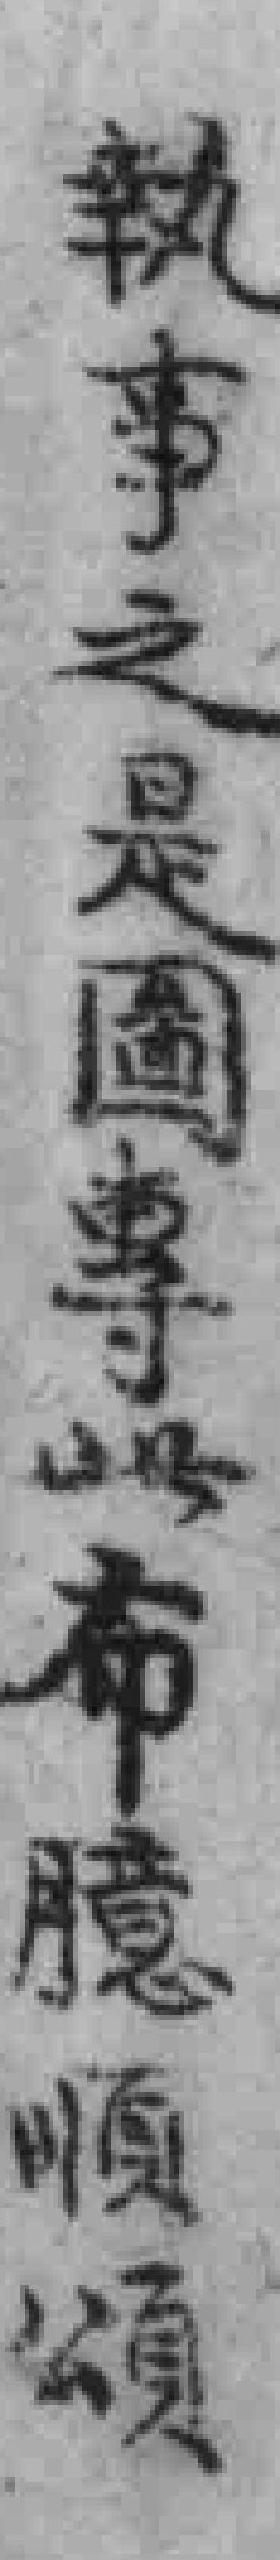
執事之是圖專此布臆順頌